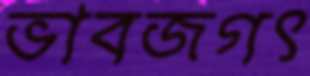
ভাবজগৎ